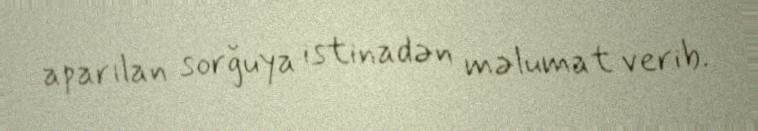
aparılan sorğuya istinadən məlumat verib.